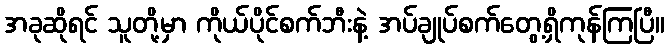
အခုဆိုရင် သူတို့မှာ ကိုယ်ပိုင်စက်ဘီးနဲ့ အပ်ချုပ်စက်တွေ့ရှိကုန်ကြပြီ။